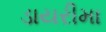
ડાયરીમા